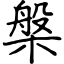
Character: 槃